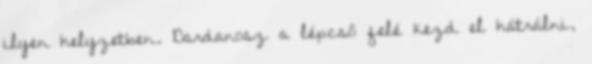
ilyen helyzetben. Dardanosz a lépcső felé kezd el hátrálni,